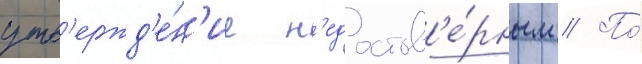
утв'ержд'е́н'ие н'едостов'е́рным // По́